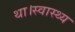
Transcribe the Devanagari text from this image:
था।स्वास्थ्य